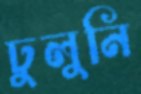
ঢুলুনি